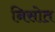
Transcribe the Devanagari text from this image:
निसोत